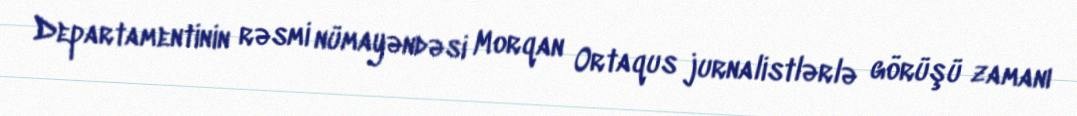
Departamentinin rəsmi nümayəndəsi Morqan Ortaqus jurnalistlərlə görüşü zamanı